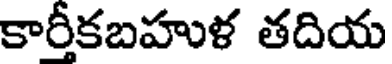
కారీకబహుళ తదియ